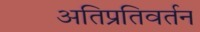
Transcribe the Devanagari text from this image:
अतिप्रतिवर्तन